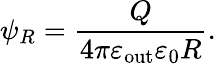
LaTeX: \psi_{R}=\frac{Q}{4\pi\varepsilon_{\mathrm{out}}\varepsilon_{0}R}.